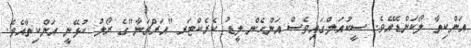
އަންކިތާ ލޯކަންޑޭއެވެ. ސީކުއަލްގައިވެސް އަންހެން ލީޑު ކެރެކްޓަރ "އަރްޗަނާ"ގެ ރޯލު ކުޅޭނީ އަންކިތާއެވެ.